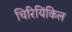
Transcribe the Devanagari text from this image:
चिरियिंकिल